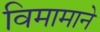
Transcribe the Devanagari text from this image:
विमामाने